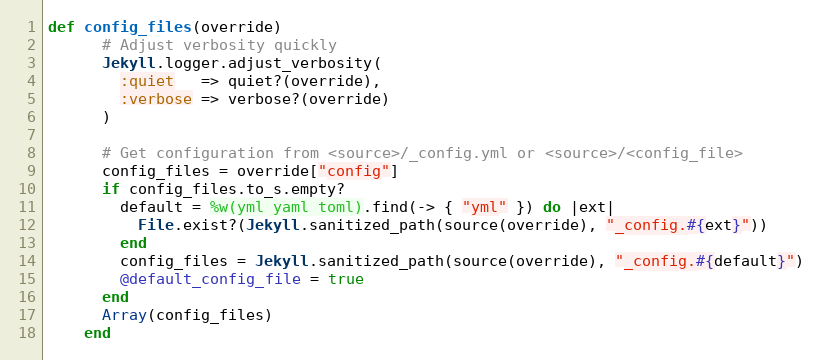
Language: Ruby
def config_files(override)
      # Adjust verbosity quickly
      Jekyll.logger.adjust_verbosity(
        :quiet   => quiet?(override),
        :verbose => verbose?(override)
      )

      # Get configuration from <source>/_config.yml or <source>/<config_file>
      config_files = override["config"]
      if config_files.to_s.empty?
        default = %w(yml yaml toml).find(-> { "yml" }) do |ext|
          File.exist?(Jekyll.sanitized_path(source(override), "_config.#{ext}"))
        end
        config_files = Jekyll.sanitized_path(source(override), "_config.#{default}")
        @default_config_file = true
      end
      Array(config_files)
    end